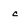
Character: c